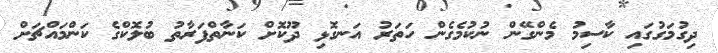
ދިގުމަގުގައި ކާސިމު މެންގޭން ނުކުމެގެން ހަތަރު އަނގޮޅި ދޫކޮށް ކަނާތްފަރާތު ބުލޮކްގެ ކަންމައްޗަށް